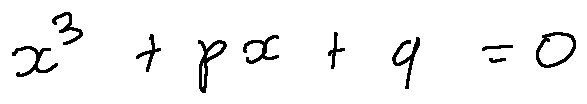
x ^ { 3 } + p x + q = 0